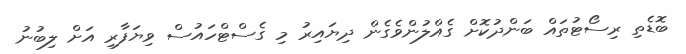
ބޮޑެތި ރިސޯޓުތައް ބަންދުކޮށް ގެއްލުންވެގެން ދިޔައިރު މި ގެސްޓްހައުސް ވިޔަފާރި އަށް ލިބުނު